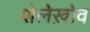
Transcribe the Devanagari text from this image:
शेलेख़ोव